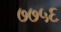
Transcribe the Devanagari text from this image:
७७५६